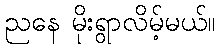
ညနေ မိုးရွာလိမ့်မယ်။